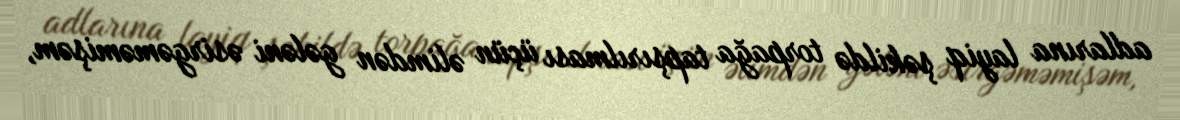
adlarına layiq şəkildə torpağa tapşırılması üçün əlimdən gələni əsirgəməmişəm,